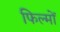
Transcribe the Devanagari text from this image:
फिल्मोंं